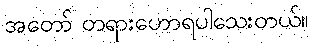
အတော် တရားဟောရပါသေးတယ်။